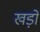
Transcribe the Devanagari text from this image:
खड़ों